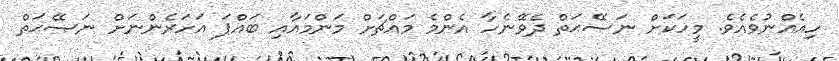
ހިއެއްނުވެއެވެ. މީހަކަށް ނަޞޭޙަތް ދެވޭނެހާ އެންމެ މައްޗަށް މަންމައާއި ބައްޕަ އަހަރެންނަށް ނަޞޭޙަތް